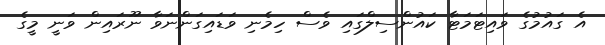
އެ ގައުމުގެ ވައިޓަމަޓާ ކައުންސިލްގައި ވެސް ހިމެނި ވަޑައިގަންނަވާ ނޫރައިން ވަނީ މީގެ